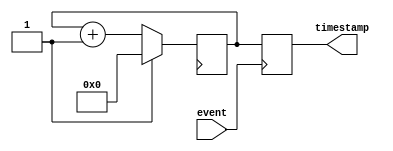
module time_stamping_timer(
    input event,
    output reg [31:0] timestamp
);

reg [31:0] timer = 32'd0;

always @(posedge event) begin
    timestamp <= timer;
end

always @(posedge clock) begin
    if (reset) begin
        timer <= 32'd0;
    end else begin
        timer <= timer + 1;
    end
end

endmodule